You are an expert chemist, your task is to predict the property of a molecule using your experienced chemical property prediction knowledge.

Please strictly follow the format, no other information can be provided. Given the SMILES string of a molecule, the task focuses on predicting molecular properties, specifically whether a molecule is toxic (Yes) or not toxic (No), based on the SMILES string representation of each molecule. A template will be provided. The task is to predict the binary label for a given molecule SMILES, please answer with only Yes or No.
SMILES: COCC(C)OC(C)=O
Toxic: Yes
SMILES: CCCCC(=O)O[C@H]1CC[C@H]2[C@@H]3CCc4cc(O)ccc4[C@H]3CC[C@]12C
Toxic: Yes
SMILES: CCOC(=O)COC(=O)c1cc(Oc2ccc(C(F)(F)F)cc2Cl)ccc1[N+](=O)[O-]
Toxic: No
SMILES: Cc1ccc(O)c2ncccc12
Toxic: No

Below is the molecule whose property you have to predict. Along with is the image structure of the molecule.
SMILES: CN1CCC(=C2c3ccccc3C=Cc3ccccc32)CC1
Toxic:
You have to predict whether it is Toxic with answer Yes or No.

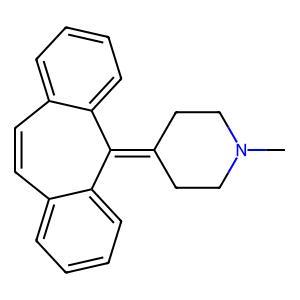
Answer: No